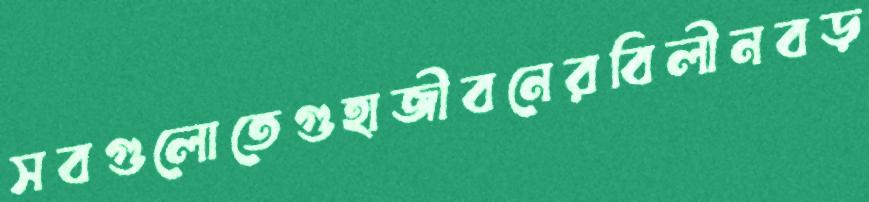
সবগুলোতেগুহাজীবনেরবিলীনবড়